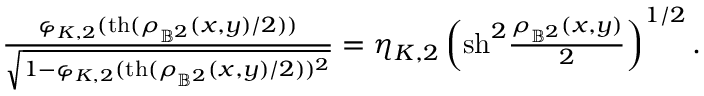
\begin{array} { r } { \frac { \varphi _ { K , 2 } ( \mathrm { t h } ( \rho _ { \mathbb { B } ^ { 2 } } ( x , y ) / 2 ) ) } { \sqrt { 1 - \varphi _ { K , 2 } ( \mathrm { t h } ( \rho _ { \mathbb { B } ^ { 2 } } ( x , y ) / 2 ) ) ^ { 2 } } } = \eta _ { K , 2 } \left( \mathrm { s h } ^ { 2 } \frac { \rho _ { \mathbb { B } ^ { 2 } } ( x , y ) } { 2 } \right) ^ { 1 / 2 } . } \end{array}